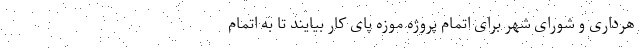
هرداری و شورای شهر برای اتمام پروژه موزه پای کار بیایند تا به اتمام